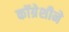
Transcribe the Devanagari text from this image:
कॉग्रेशीने